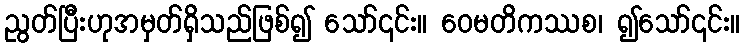
ညွတ်ပြီးဟုအမှတ်ရှိသည်ဖြစ်၍ သော်၎င်း။ ဝေမတိကဿစ၊ ၍သော်၎င်း။